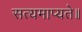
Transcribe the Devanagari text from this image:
सत्यमाप्यते॥